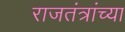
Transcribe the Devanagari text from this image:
राजतंत्रांच्या